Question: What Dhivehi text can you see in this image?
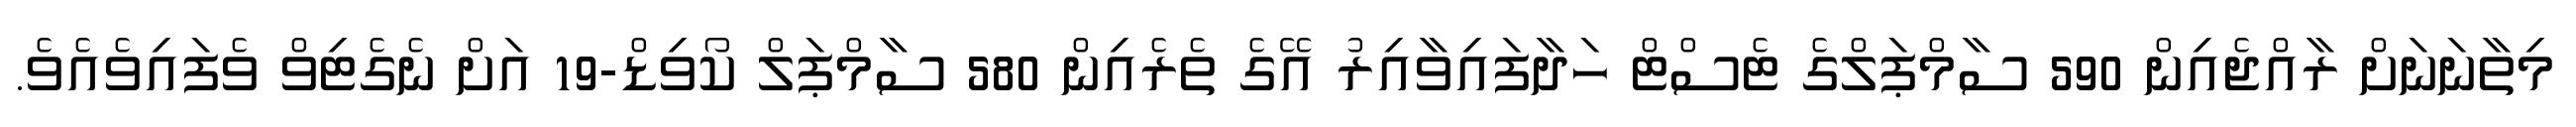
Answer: މިތާނަނަށް ރާއްޖެއިން 590 ސާމްޕަލްގެ ޓެސްޓް ހަދާފައިވާއިރު އޭގެ ތެރެއިން 580 ސާމްޕަލް ކޯވިޑް-19 އަށް ނެގެޓިވް ވެފައިވެއެވެ.